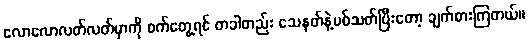
လောလောလတ်လတ်မှာကို ဝက်တွေ့ရင် တခါတည်း သေနတ်နဲ့ပစ်သတ်ပြီးတော့ ချက်စားကြတယ်။